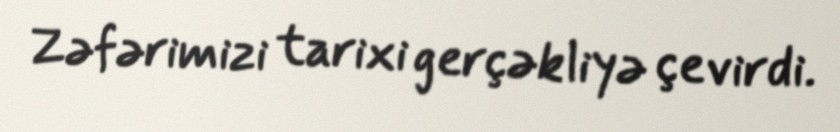
Zəfərimizi tarixi gerçəkliyə çevirdi.